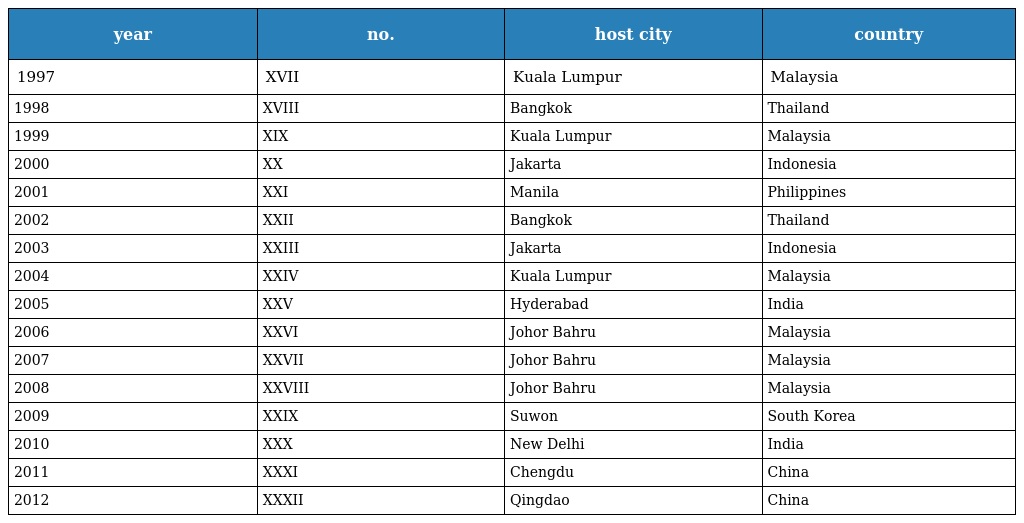
| year | no. | host city | country |
 | --- | --- | --- | --- |
 | 1997 | XVII | Kuala Lumpur | Malaysia |
 | 1998 | XVIII | Bangkok | Thailand |
 | 1999 | XIX | Kuala Lumpur | Malaysia |
 | 2000 | XX | Jakarta | Indonesia |
 | 2001 | XXI | Manila | Philippines |
 | 2002 | XXII | Bangkok | Thailand |
 | 2003 | XXIII | Jakarta | Indonesia |
 | 2004 | XXIV | Kuala Lumpur | Malaysia |
 | 2005 | XXV | Hyderabad | India |
 | 2006 | XXVI | Johor Bahru | Malaysia |
 | 2007 | XXVII | Johor Bahru | Malaysia |
 | 2008 | XXVIII | Johor Bahru | Malaysia |
 | 2009 | XXIX | Suwon | South Korea |
 | 2010 | XXX | New Delhi | India |
 | 2011 | XXXI | Chengdu | China |
 | 2012 | XXXII | Qingdao | China |